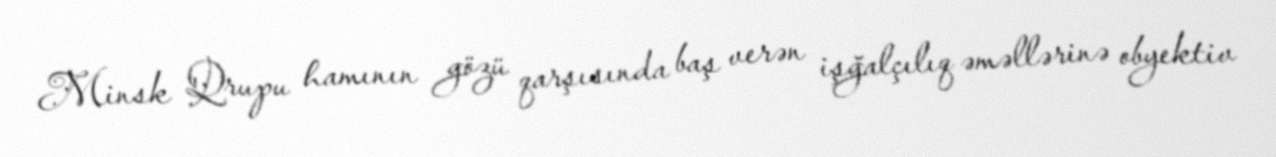
Minsk Qrupu hamının gözü qarşısında baş verən işğalçılıq əməllərinə obyektiv